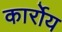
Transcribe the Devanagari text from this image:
कार्रोय